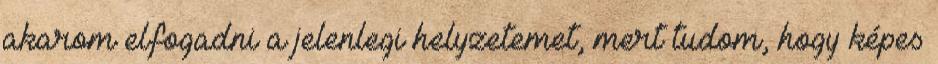
akarom elfogadni a jelenlegi helyzetemet, mert tudom, hogy képes